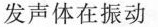
发声体在振动